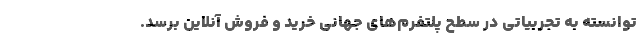
توانسته به تجربیاتی در سطح پلتفرم­های جهانی خرید و فروش آنلاین برسد.